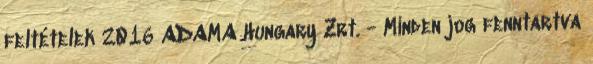
feltételek 2016 ADAMA Hungary Zrt. - Minden jog fenntartva